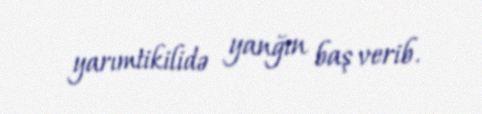
yarımtikilidə yanğın baş verib.